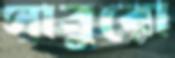
সাবুরো